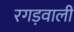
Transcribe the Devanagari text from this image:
रगड़वाली